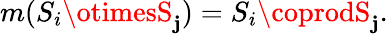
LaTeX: m(S_{i}\otimesS_{\mathbf{j}})=S_{i}\coprodS_{\mathbf{j}}.